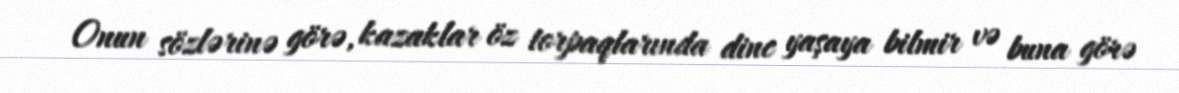
Onun sözlərinə görə, kazaklar öz torpaqlarında dinc yaşaya bilmir və buna görə